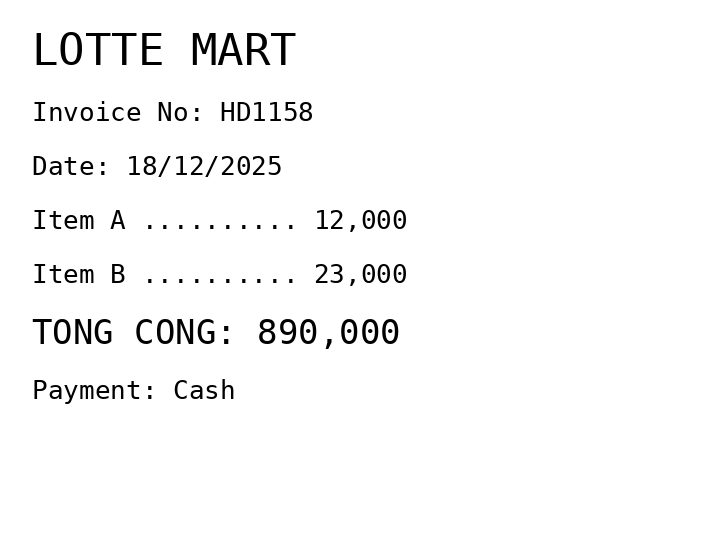
LOTTE MART
Invoice No: HD1158
Date: 18/12/2025
Item A .......... 12,000
Item B .......... 23,000
TONG CONG: 890,000
Payment: Cash
Merchant: lotte mart
Date: 2025-12-18
Total: 890000
Invoice No: HD1158
Payment method: CASH